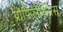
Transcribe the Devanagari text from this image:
प्रोफिलेक्सिस